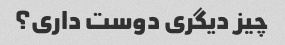
چیز دیگری دوست داری؟